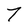
Character: 7